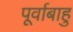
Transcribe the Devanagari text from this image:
पूर्वाबाहु